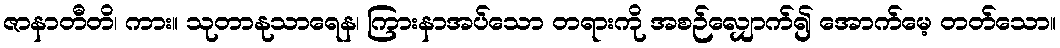
ဇာနာတီတိ၊ ကား။ သုတာနုသာရေန၊ ကြားနာအပ်သော တရားကို အစဉ်လျှောက်၍ အောက်မေ့ တတ်သော။